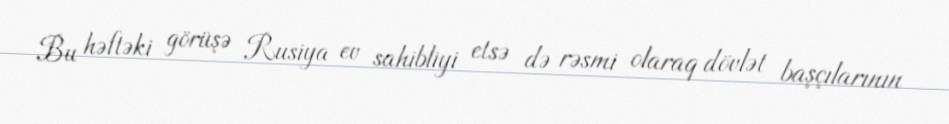
Bu həftəki görüşə Rusiya ev sahibliyi etsə də rəsmi olaraq dövlət başçılarının